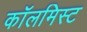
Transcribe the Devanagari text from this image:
कॉलमिस्ट